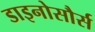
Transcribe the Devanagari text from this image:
डाइनोसौर्स